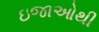
ઇજાઓથી